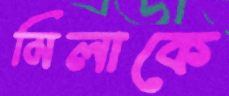
মিলাকে